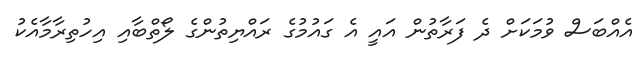
އެއްބަސް ވުމަކަށް ދެ ފަރާތުން އައީ އެ ގައުމުގެ ރައްޔިތުންގެ ލޯތްބާއި އިހުތިރާމާއެކު